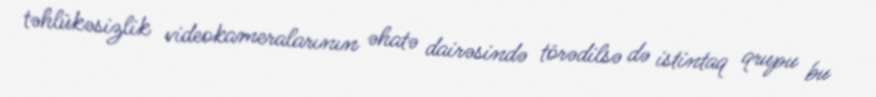
təhlükəsizlik videokameralarının əhatə dairəsində törədilsə də istintaq qrupu bu